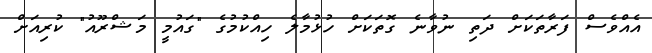
އެއްވެސް ފަރާތަކަށް ދަތި ނުވާނެ ގޮތަކަށް ހުޅުމާލެ ހިއްކުމުގެ "ގައުމީ މަޝްރޫއު" ކުރިއަށް